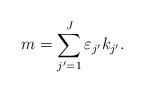
LaTeX: \begin{align*}m =\sum_{j' = 1}^J \varepsilon_{j'} k_{j'}.\end{align*}